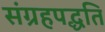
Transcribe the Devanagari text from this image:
संग्रहपद्धति